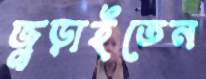
জুড়াইতেন